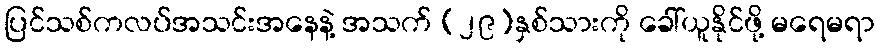
ပြင်သစ်ကလပ်အသင်းအနေနဲ့ အသက် (၂၉)နှစ်သားကို ခေါ်ယူနိုင်ဖို့ မရေမရာ